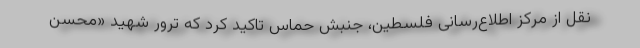
نقل از مرکز اطلاع‌رسانی فلسطین، جنبش حماس تاکید کرد که ترور شهید «محسن